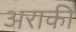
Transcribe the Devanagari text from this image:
अराकी